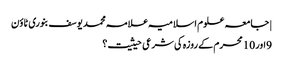
| جامعہ علوم اسلامیہ علامہ محمد یوسف بنوری ٹاؤن
9اور 10 محرم کے روزہ کی شرعی حیثیت؟